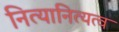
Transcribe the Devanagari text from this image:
नित्यानित्यत्व